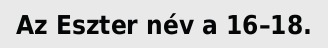
Az Eszter név a 16–18.